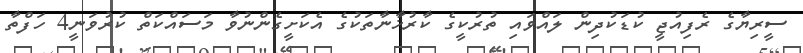
ސީރިޔާގެ ރެފިއުޖީ ކުޑަކުދިން ލައްވައި ތުރުކީގެ ކާރުޚާނާތަކުގެ އެކަށީގެންނުވާ މަސައްކަތް ކުރުވަނީ4 ހަފްތާ